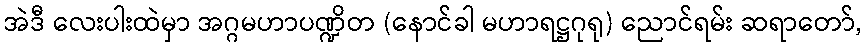
အဲဒီ လေးပါးထဲမှာ အဂ္ဂမဟာပဏ္ဍိတ (နောင်ခါ မဟာရဋ္ဌဂုရု) ညောင်ရမ်း ဆရာတော်,